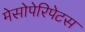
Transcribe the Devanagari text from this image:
मेसोपेरिपेटस